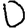
Digit: 0